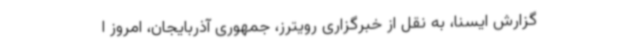
گزارش ایسنا، به نقل از خبرگزاری رویترز، جمهوری آذربایجان، امروز ا